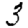
Digit: 3